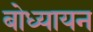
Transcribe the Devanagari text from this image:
बोध्यायन